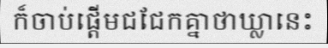
ក៏ចាប់ផ្តើមជជែកគ្នាថាឃ្លានេះ